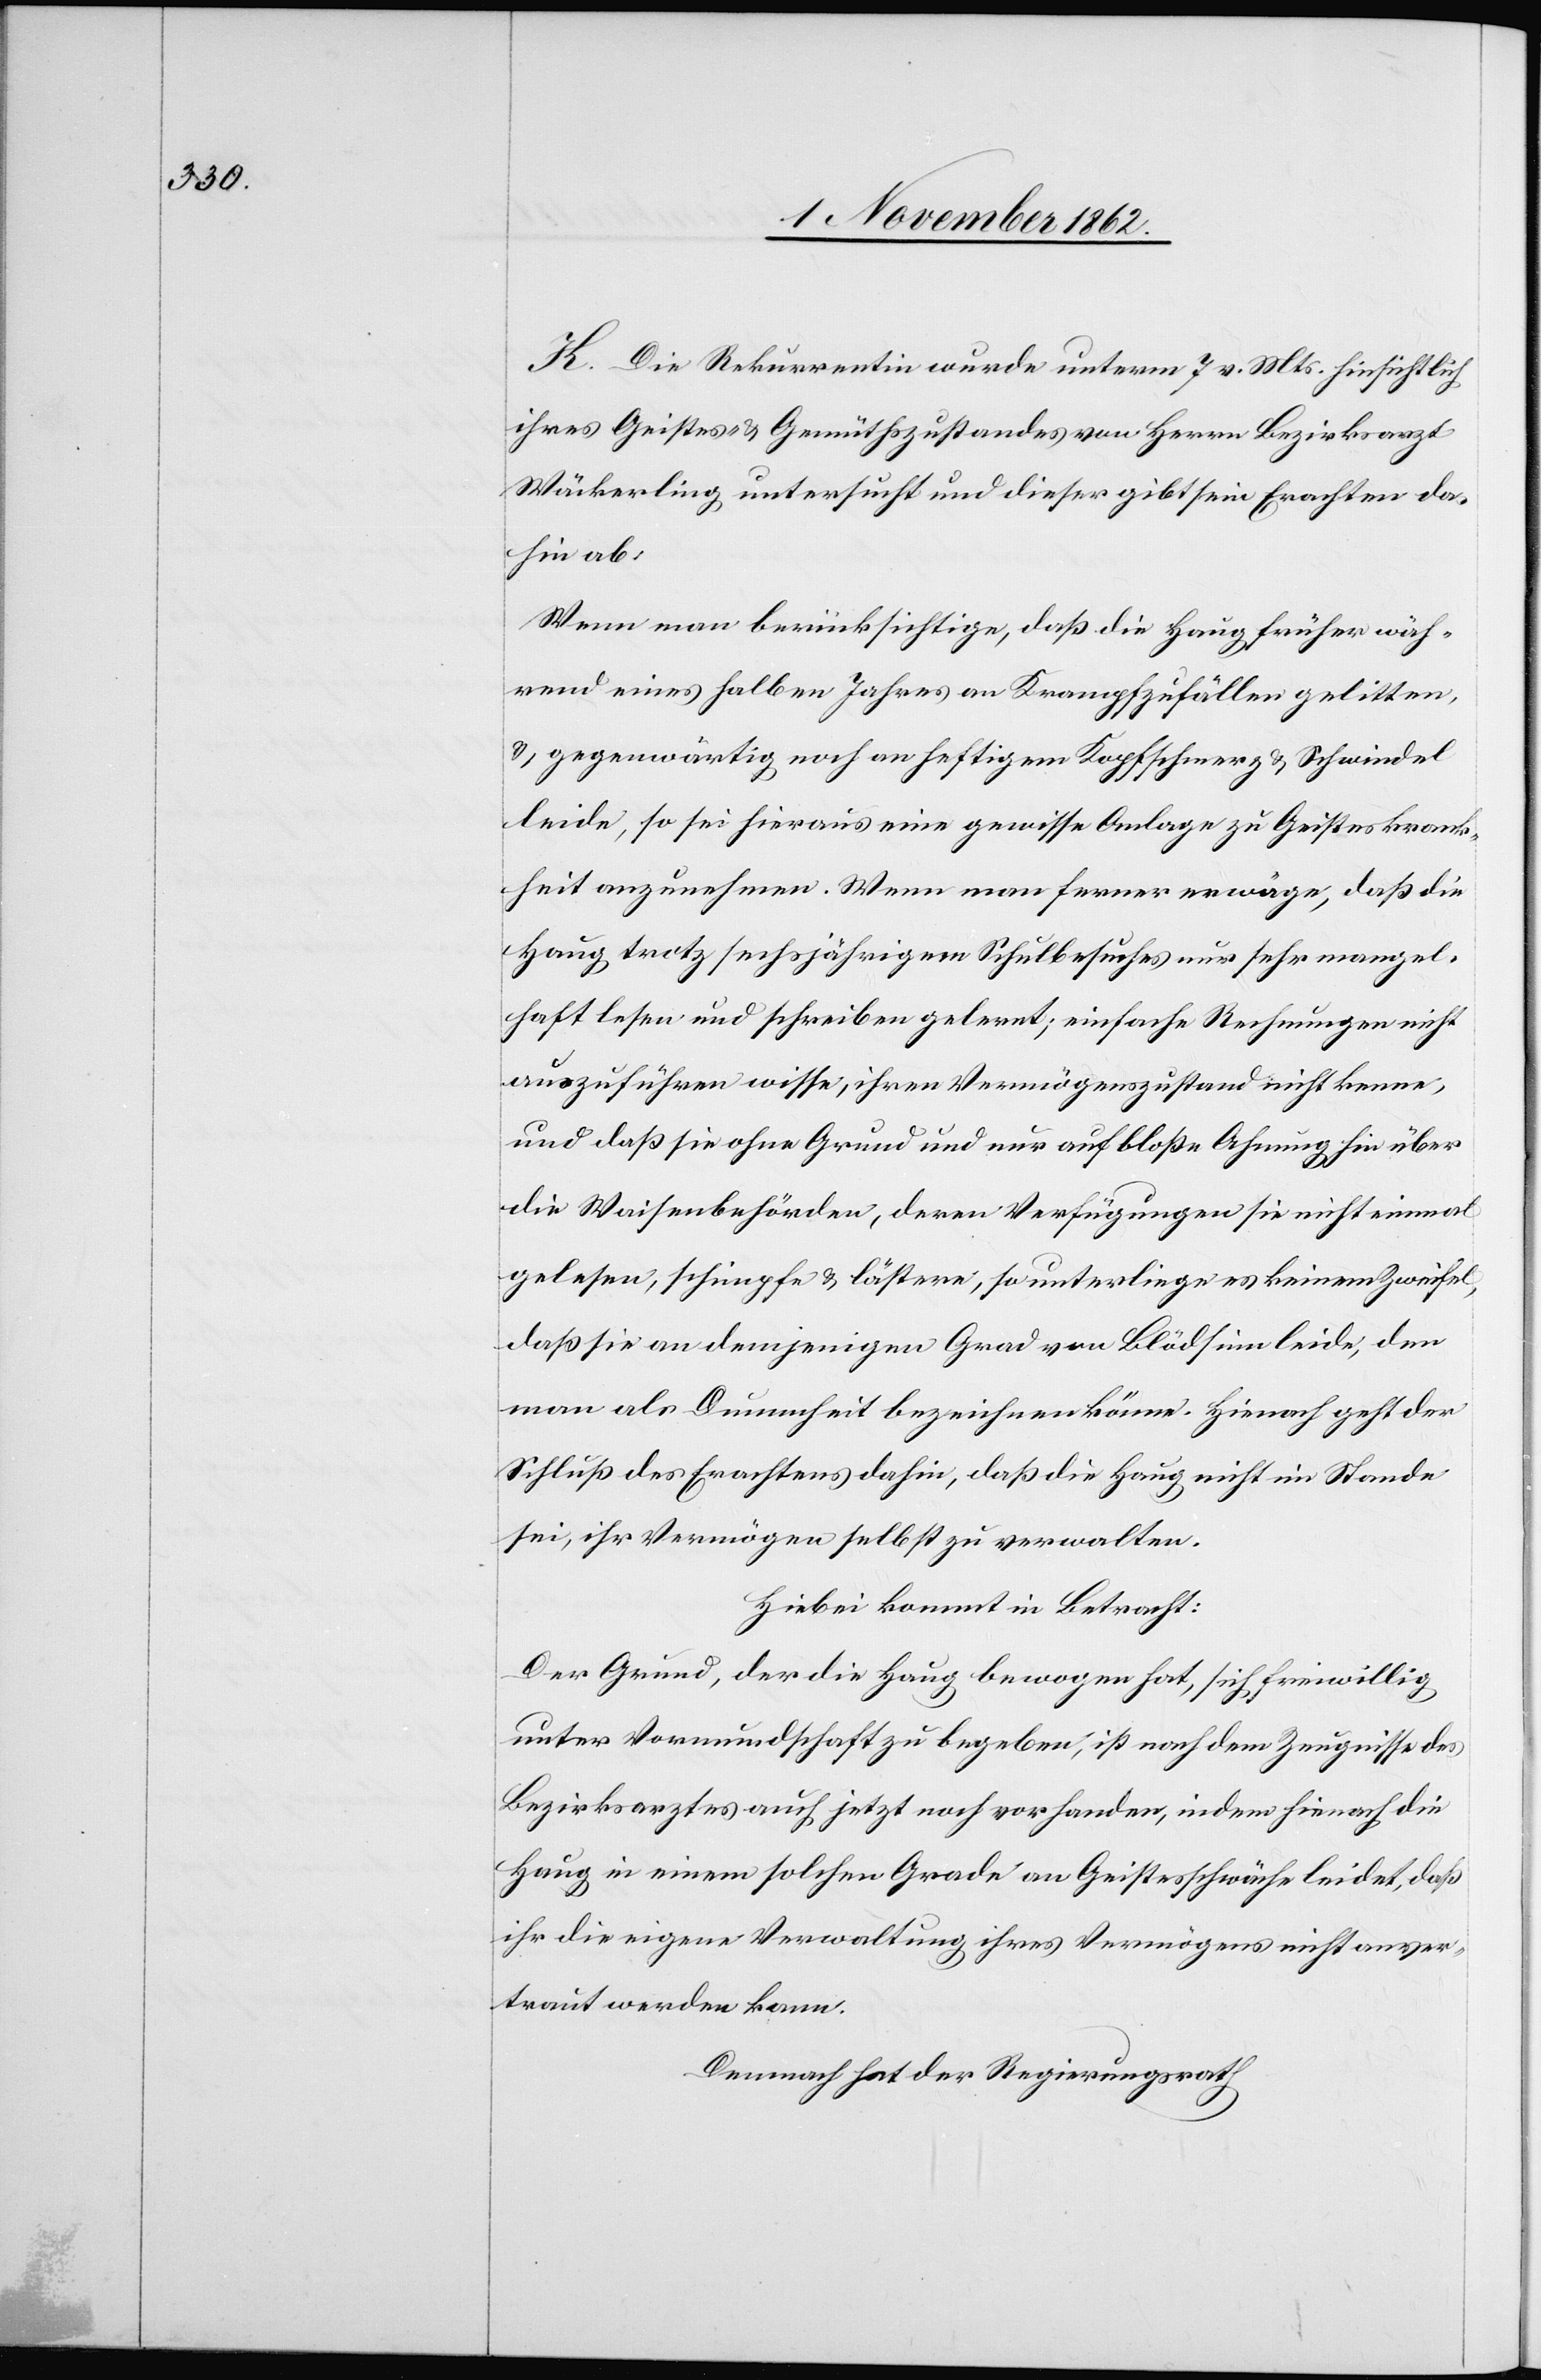
K. Die Rekurrentin wurde unterm 7. v. Mts. hinsichtlich
ihres Geistes- u. Gsmüthszustandes von Herrn Bezirksarzt
Wäckerling untersucht und dieser gibt sein Erachten da¬
hin ab:
Wenn man berücksichtige, daß die Haug früher wäh¬
rend eines halben Jahres an Krampfanfällen gelitten,
u. gegenwärtig noch an heftigem Kopfschmerz u. Schwindel
leide, so sei hieraus eine gewisse Anlage zu Geisteskrank¬
heit anzunehmen. Wenn man ferner erwäge, daß die
Haug trotz sechsjährigem Schulbesuches nur sehr mangel¬
haft lesen und schreiben gelernt, einfache Rechnungen nicht
auszuführen wisse, ihren Vermögenszustand nicht kenne,
und daß sie ohne Grund und nur auf bloße Ahnung hin über
die Waisenbehörden, deren Verfügungen sie nicht einmal
gelesen, schimpfe u. lästere, so unterliege es keinem Zweifel,
daß sie an demjenigen Grad von Blödsinn leide, den
man als Dummheit bezeichnen könne. Hienach geht der
Schluß des Erachtens dahin, daß die Haug nicht im Stande
sei, ihr Vermögen selbst zu verwalten.
Hiebei kommt in Betracht:
Der Grund, der die Haug bewogen hat, sich freiwillig
unter Vormundschaft zu begeben, ist nach dem Zeugnisse des
Bezirksarztes auch jetzt noch vorhanden, indem hienach die
Haug in einem solchen Grade an Geistesschwäche leidet, daß
ihr die eigene Verwaltung ihres Vermögens nicht anver¬
traut werden kann.
Demnach hat der Regierungsrath